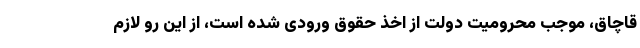
قاچاق، موجب محرومیت دولت از اخذ حقوق ورودی شده است، از این رو لازم